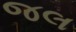
જલ